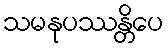
သမနုပဿန္တိပေ